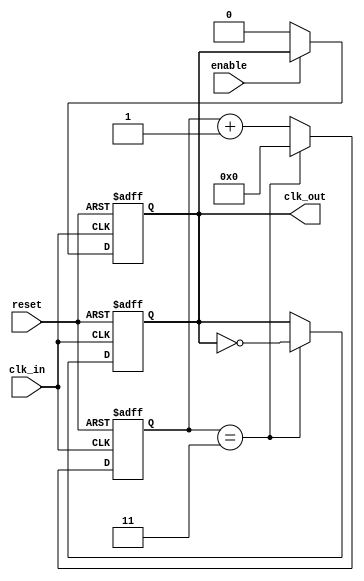
module clock_divider #(
    parameter N = 4 // Parameterized division factor (default is 4)
)(
    input wire clk_in,       // Input clock signal
    input wire reset,        // Reset signal
    input wire enable,       // Output enable signal
    output reg clk_out       // Output clock signal
);

    reg [31:0] counter;      // Counter to keep track of input clock cycles

    always @(posedge clk_in or posedge reset) begin
        if (reset) begin
            counter <= 0;     // Reset counter
            clk_out <= 0;     // Reset output clock
        end else begin
            if (counter == (N - 1)) begin
                counter <= 0; // Reset counter
                clk_out <= ~clk_out; // Toggle output clock
            end else begin
                counter <= counter + 1; // Increment counter
            end
        end
    end

    // Optional output enable functionality
    always @(posedge clk_in or posedge reset) begin
        if (reset) begin
            clk_out <= 0; // Reset output clock
        end else if (!enable) begin
            clk_out <= 0; // Disable output clock when enable is low
        end
    end

endmodule